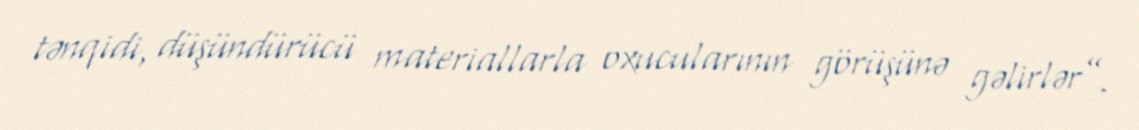
tənqidi, düşündürücü materiallarla oxucularının görüşünə gəlirlər”.